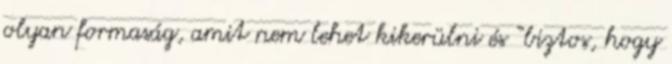
olyan formaság, amit nem lehet kikerülni és “biztos, hogy